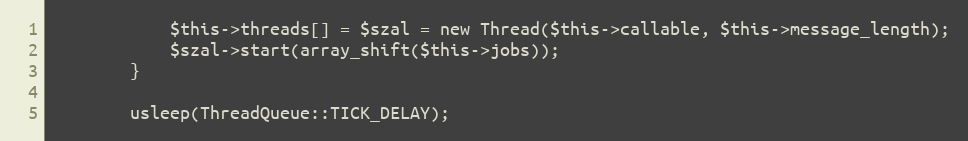
Language: PHP
            $this->threads[] = $szal = new Thread($this->callable, $this->message_length);
            $szal->start(array_shift($this->jobs));
        }

        usleep(ThreadQueue::TICK_DELAY);